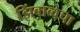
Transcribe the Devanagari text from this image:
झिंबाब्वेचा